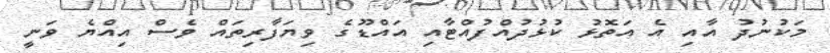
މަކުނުދު އާއި އެ އަތޮޅު ކުޅުދުއްފުއްޓާއި އައްޑޫގެ ވިޔަފާރިތައް ވެސް އިއްޔެ ވަނީ